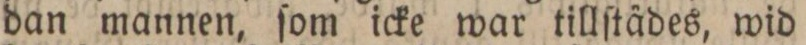
dan mannen, ſom icke war tillſtädes, wid